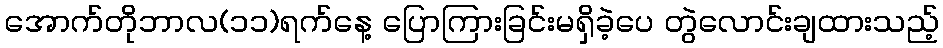
အောက်တိုဘာလ(၁၁)ရက်နေ့ ပြောကြားခြင်းမရှိခဲ့ပေ တွဲလောင်းချထားသည့်